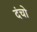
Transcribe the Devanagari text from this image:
दंचो